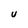
Character: U